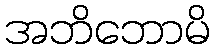
အဘိဘောမိ